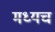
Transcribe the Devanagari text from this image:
मध्यच